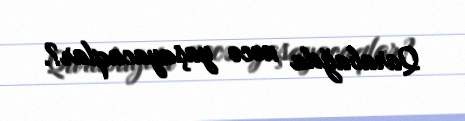
Qarabağda necə yaşayacaqlar?.